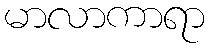
မာလာကာရာ